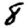
Digit: 8